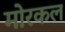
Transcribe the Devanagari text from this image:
मोरकल